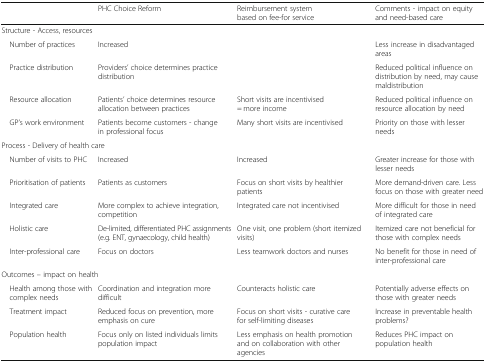
<table><thead><tr><td></td><td><b>PHC Choice Reform</b></td><td><b>Reimbursement system based on fee-for service</b></td><td><b>Comments - impact on equity and need-based care</b></td></tr></thead><tbody><tr><td colspan="4">Structure - Access, resources</td></tr><tr><td> Number of practices</td><td>Increased</td><td></td><td>Less increase in disadvantaged areas</td></tr><tr><td> Practice distribution</td><td>Providers’ choice determines practice distribution</td><td></td><td>Reduced political influence on distribution by need, may cause maldistribution</td></tr><tr><td> Resource allocation</td><td>Patients’ choice determines resource allocation between practices</td><td>Short visits are incentivised = more income</td><td>Reduced political influence on resource allocation by need</td></tr><tr><td> GP’s work environment</td><td>Patients become customers - change in professional focus</td><td>Many short visits are incentivised</td><td>Priority on those with lesser needs</td></tr><tr><td colspan="4">Process - Delivery of health care</td></tr><tr><td> Number of visits to PHC</td><td>Increased</td><td>Increased</td><td>Greater increase for those with lesser needs</td></tr><tr><td> Prioritisation of patients</td><td>Patients as customers</td><td>Focus on short visits by healthier patients</td><td>More demand-driven care. Less focus on those with greater need</td></tr><tr><td> Integrated care</td><td>More complex to achieve integration, competition</td><td>Integrated care not incentivised</td><td>More difficult for those in need of integrated care</td></tr><tr><td> Holistic care</td><td>De-limited, differentiated PHC assignments (e.g. ENT, gynaecology, child health)</td><td>One visit, one problem (short itemized visits)</td><td>Itemized care not beneficial for those with complex needs</td></tr><tr><td> Inter-professional care</td><td>Focus on doctors</td><td>Less teamwork doctors and nurses</td><td>No benefit for those in need of inter-professional care</td></tr><tr><td colspan="4">Outcomes – impact on health</td></tr><tr><td> Health among those with complex needs</td><td>Coordination and integration more difficult</td><td>Counteracts holistic care</td><td>Potentially adverse effects on those with greater needs</td></tr><tr><td> Treatment impact</td><td>Reduced focus on prevention, more emphasis on cure</td><td>Focus on short visits - curative care for self-limiting diseases</td><td>Increase in preventable health problems?</td></tr><tr><td> Population health</td><td>Focus only on listed individuals limits population impact</td><td>Less emphasis on health promotion and on collaboration with other agencies</td><td>Reduces PHC impact on population health</td></tr></tbody></table>